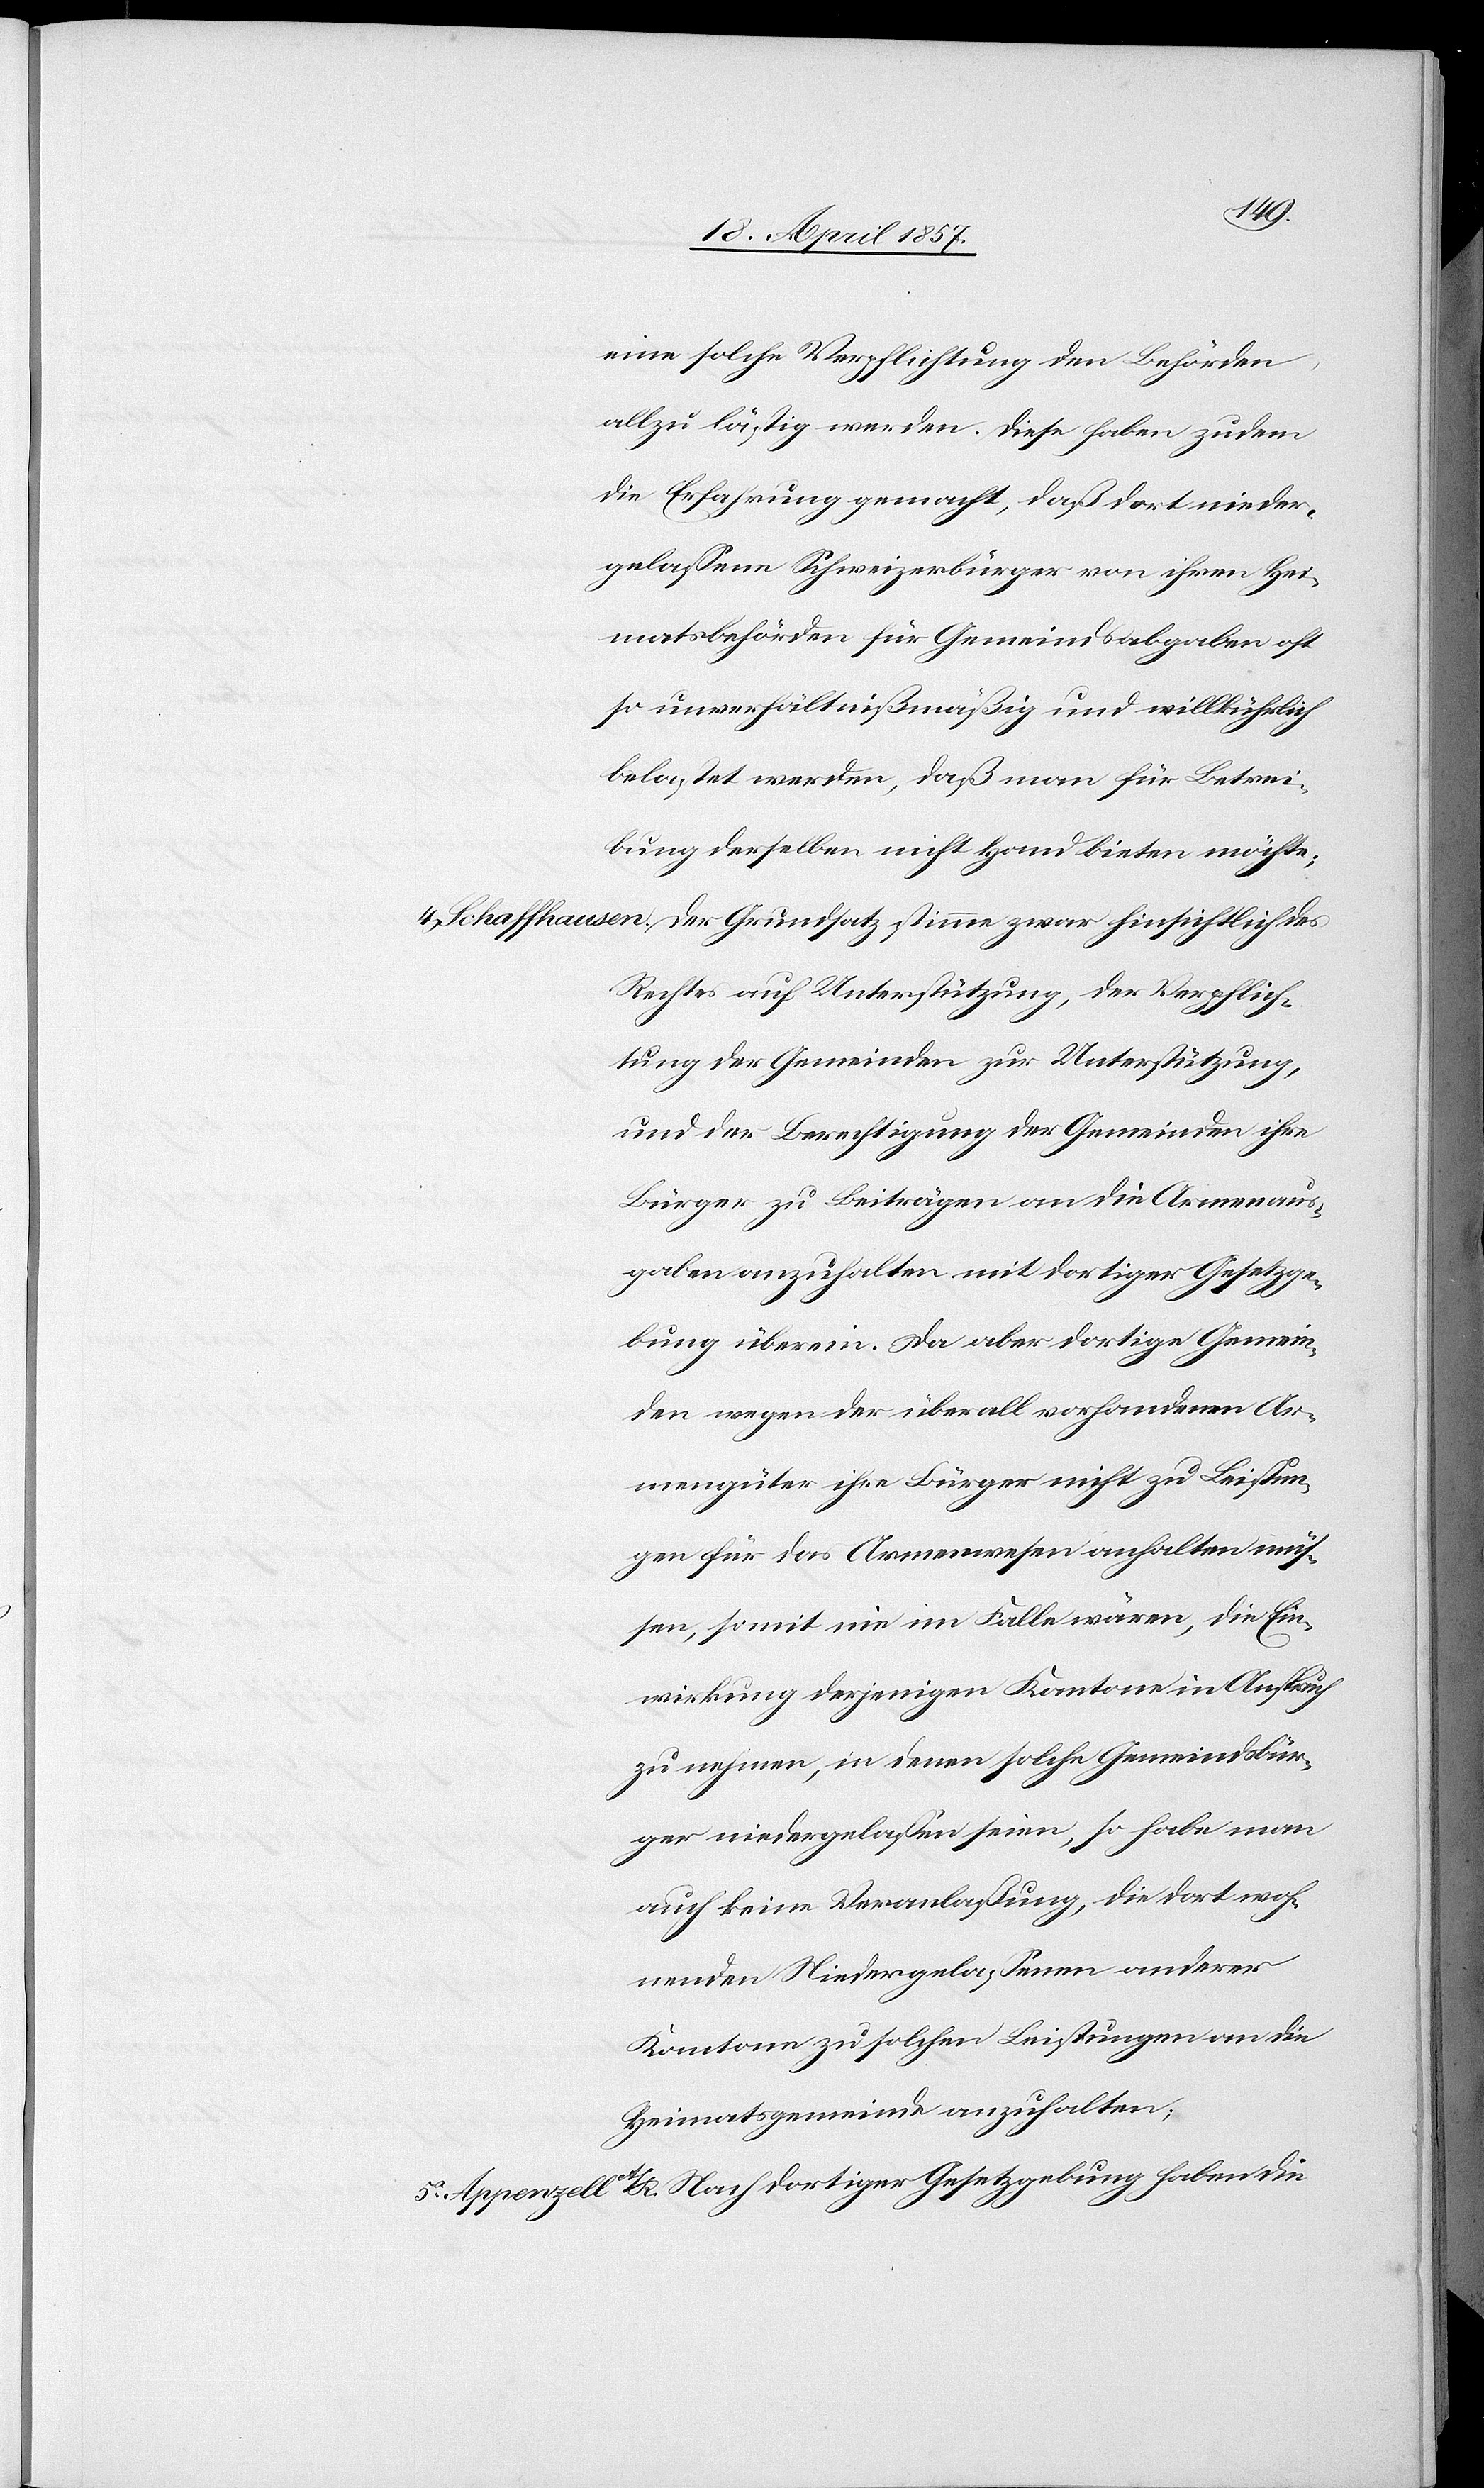
eine solche Verpflichtung den Behörden
allzu lästig werden. Diese haben zudem
die Erfahrung gemacht, daß dort nieder¬
gelassene Schweizerbürger von ihren Hei¬
matsbehörden für Gemeindsabgaben oft
so unverhältnißmäßig und willkührlich
belastet werden, daß man für Betrei¬
bung derselben nicht Hand bieten möchte;
4. Schaffhausen. Der Grundsatz stimme zwar hinsichtlich des
Rechtes auf Unterstützung, der Verpflich¬
tung der Gemeinden zur Unterstützung,
und der Berechtigung der Gemeinden ihre
Bürger zu Beiträgen an die Armenaus¬
gaben anzuhalten mit dortiger Gesetzge¬
bung überein. Da aber dortige Gemein¬
den wegen der überall vorhandenen Ar¬
mengüter ihre Bürger nicht zu Leistun¬
gen für das Armenwesen anhalten müs¬
sen, somit nie im Falle wären, die Ein¬
wirkung derjenigen Kantone in Anspruch
zu nehmen, in denen solche Gemeindsbür¬
ger niedergelassen seien, so habe man
auch keine Veranlaßung, die dort woh¬
nenden Niedergelassenen anderer
Kantone zu solchen Leistungen an die
Heimatsgemeinde anzuhalten;
5. Appenzell A/R. Nach dortiger Gesetzgebung haben die